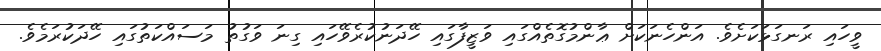
ވީހައި ރަނގަޅަކަށެވެ. އަންހެނަކަށް ޢާންމުގޮތެއްގައި ވަޒީފާގައި ހޭދަނުކުރެވޭހައި ގިނަ ވަގުތު މަސައްކަތުގައި ހޭދަކުރަމެވެ.